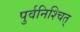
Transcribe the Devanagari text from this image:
पुर्वनिश्चित्